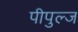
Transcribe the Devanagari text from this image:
पीपुल्ज